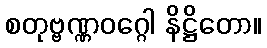
စတုဗ္ဗဏ္ဏဝဂ္ဂေါ နိဋ္ဌိတော။